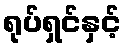
ရုပ်ရှင်နှင့်